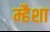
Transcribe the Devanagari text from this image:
म्हैशा